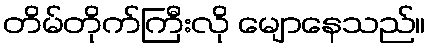
တိမ်တိုက်ကြီးလို မျောနေသည်။